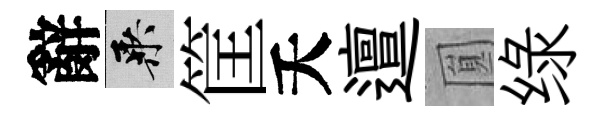
辭乘筐夭邅圎绿